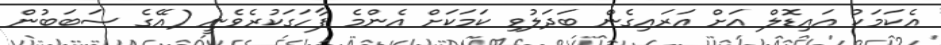
އެކަމަކު އައިޑޮލް އަށް އަރައިގެން ބަދަލުވި ކަމަކަށް އެންމެ ފާހަގަކުރެވެނީ (އޭގެ ސަބަބުން